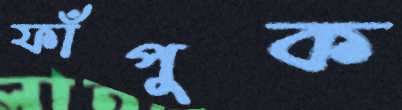
ফাঁপুক